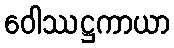
ဝေါဿဋ္ဌကာယာ